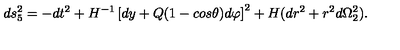
d s _ { 5 } ^ { 2 } = - d t ^ { 2 } + H ^ { - 1 } \left[ d y + Q ( 1 - c o s \theta ) d \varphi \right] ^ { 2 } + H ( d r ^ { 2 } + r ^ { 2 } d \Omega _ { 2 } ^ { 2 } ) .